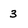
Character: 3